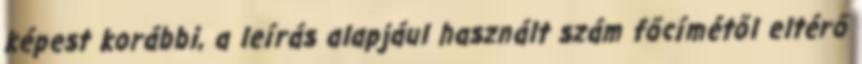
képest korábbi, a leírás alapjául használt szám főcímétől eltérő